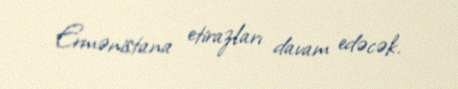
Ermənistana etirazları davam edəcək.